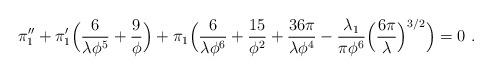
LaTeX: \begin{align*}\pi_1'' + \pi_1'\Bigl({6\over\lambda\phi^5} +{9\over\phi}\Bigr) + \pi_1 \Bigl({6\over\lambda\phi^6} +{15\over\phi^2} +{36\pi\over\lambda\phi^4} -{\lambda_1\over \pi \phi^6}\Bigl({6\pi\over\lambda}\Bigr)^{3/2}\Bigr) = 0\ .\end{align*}